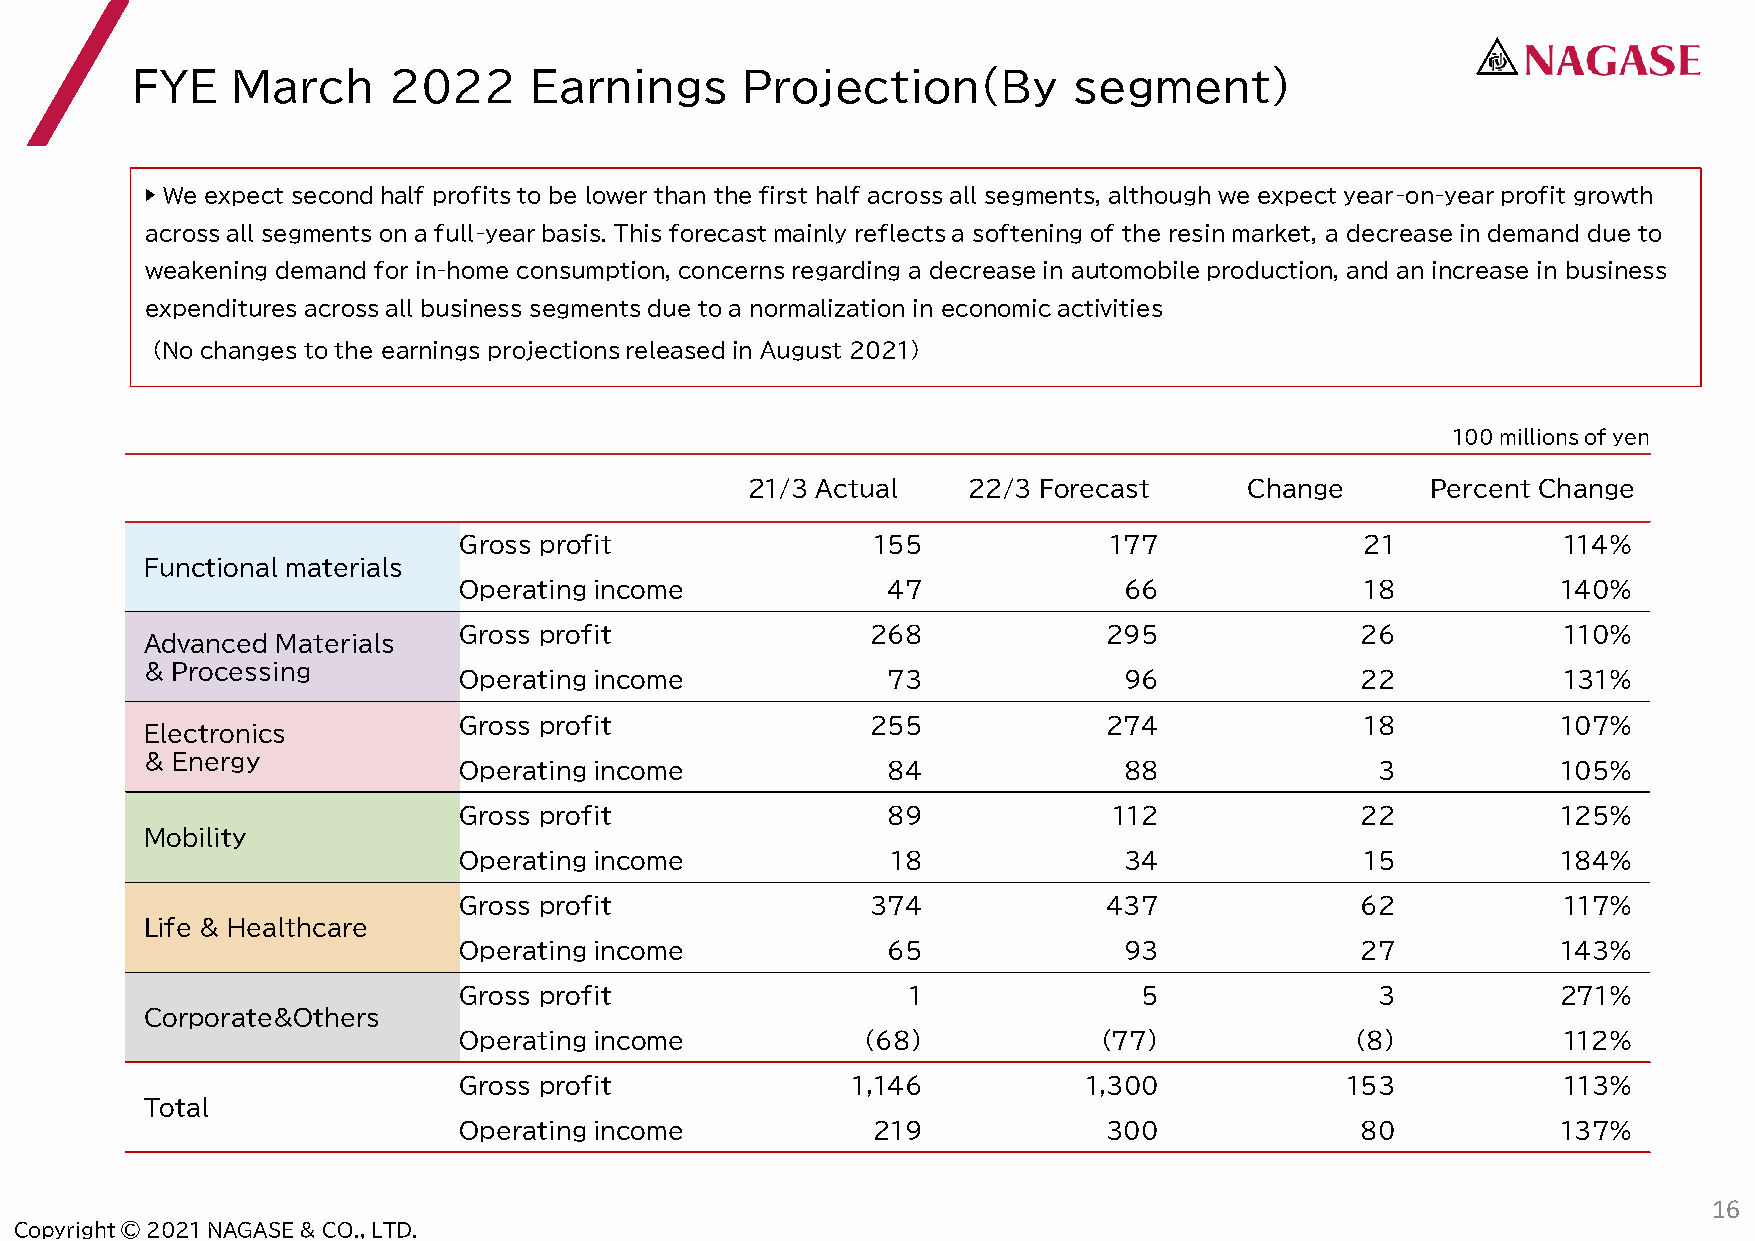
FYE   March      2022     Earnings      Projection(By         segment)
 ▶ We expect second half profits to be lower than the first half across all segments, although we expect year-on-year profit growth
 across all segments on a full-year basis. This forecast mainly reflects a softening of the resin market, a decrease in demand due to
 weakening demand for in-home consumption, concerns regarding a decrease in automobile production, and an increase in business
 expenditures across all business segments due to a normalization in economic activities
 (No changes to the earnings projections released in August 2021)
 100 millions of yen
 21/3 Actual    2２/3 Forecast      Change      Percent Change
 Gross profit                155            177              21           114%
 Functional materials
 Operating income             47             66              18           140%
 Gross profit                268            295              26           110%
 Advanced Materials
 & Processing
 Operating income             73             96              22           131%
 Gross profit                255            274              18           107%
 Electronics
 & Energy
 Operating income             84             88               3           105%
 Gross profit                 89             112             22           125%
 Mobility
 Operating income             18             34              15           184%
 Gross profit                374            437              62           117%
 Life & Healthcare
 Operating income             65             93              27           143%
 Gross profit                  1               5              3           271%
 Corporate&Others
 Operating income           (68)            (77)             (8)          112%
 Gross profit              1,146           1,300            153           113%
 Total
 Operating income            219            300              80           137%
 16
 Copyright © 2021 NAGASE & CO., LTD.